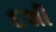
દશી